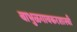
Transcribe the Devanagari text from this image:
बाभुळगावकरशास्त्री